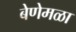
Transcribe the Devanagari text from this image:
बेणेमळा